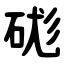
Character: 硥